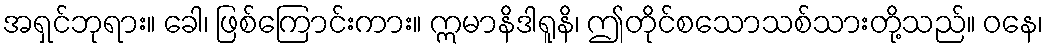
အရှင်ဘုရား။ ခေါ၊ ဖြစ်ကြောင်းကား။ ဣမာနိဒါရူနိ၊ ဤတိုင်စသောသစ်သားတို့သည်။ ဝနေ၊